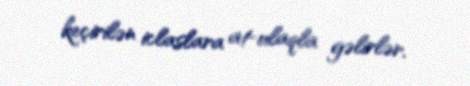
keçirilən iclaslara at-ulaqla gəlirlər.